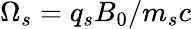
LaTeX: \Omega_{s}=q_{s}B_{0}/m_{s}c